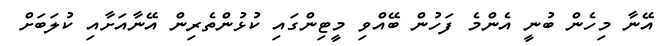
އޭނާ މިހެން ބުނީ އެންމެ ފަހުން ބޭއްވި މީޓިންގައި ކުޅުންތެރިން އޭނާއަށާއި ކުލަބަށް